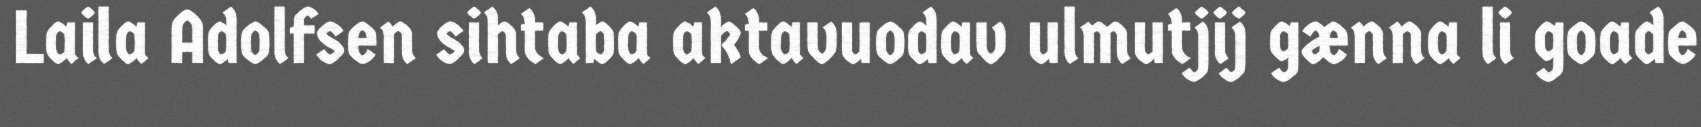
Laila Adolfsen sihtaba aktavuodav ulmutjij gænna li goade